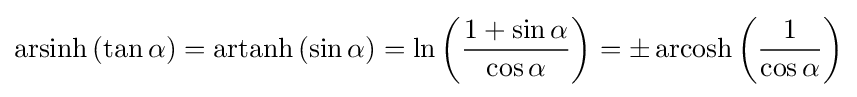
\operatorname {arsinh} \left(\tan \alpha \right)=\operatorname {artanh} \left(\sin \alpha \right)=\ln \left({\frac {1+\sin \alpha }{\cos \alpha }}\right)=\pm \operatorname {arcosh} \left({\frac {1}{\cos \alpha }}\right)